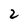
Character: z